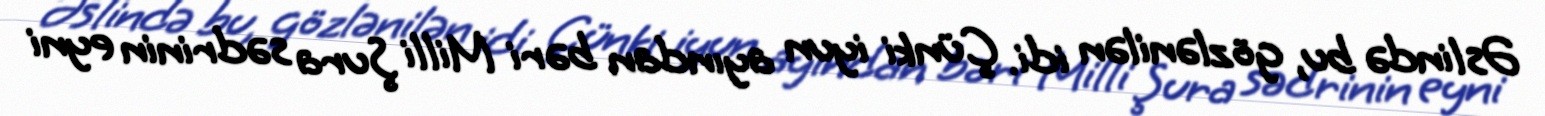
Əslində bu, gözlənilən idi. Çünki iyun ayından bəri Milli Şura sədrinin eyni